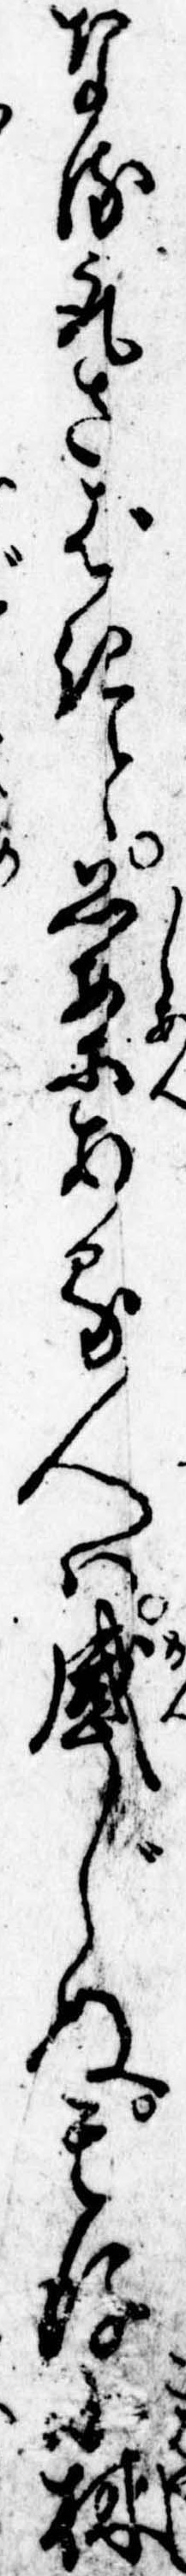
なる取さばきと思案ある人は感じぬ其後小林